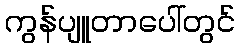
ကွန်ပျူတာပေါ်တွင်